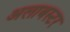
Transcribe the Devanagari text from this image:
अलाबस्टर